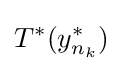
T^{*}(y_{n_{k}}^{*})